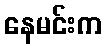
နေမင်းက